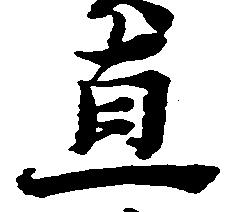
直